65_HS1-834228961_62-HQ-83894_Serial_164
Agency: FBI
Page 15
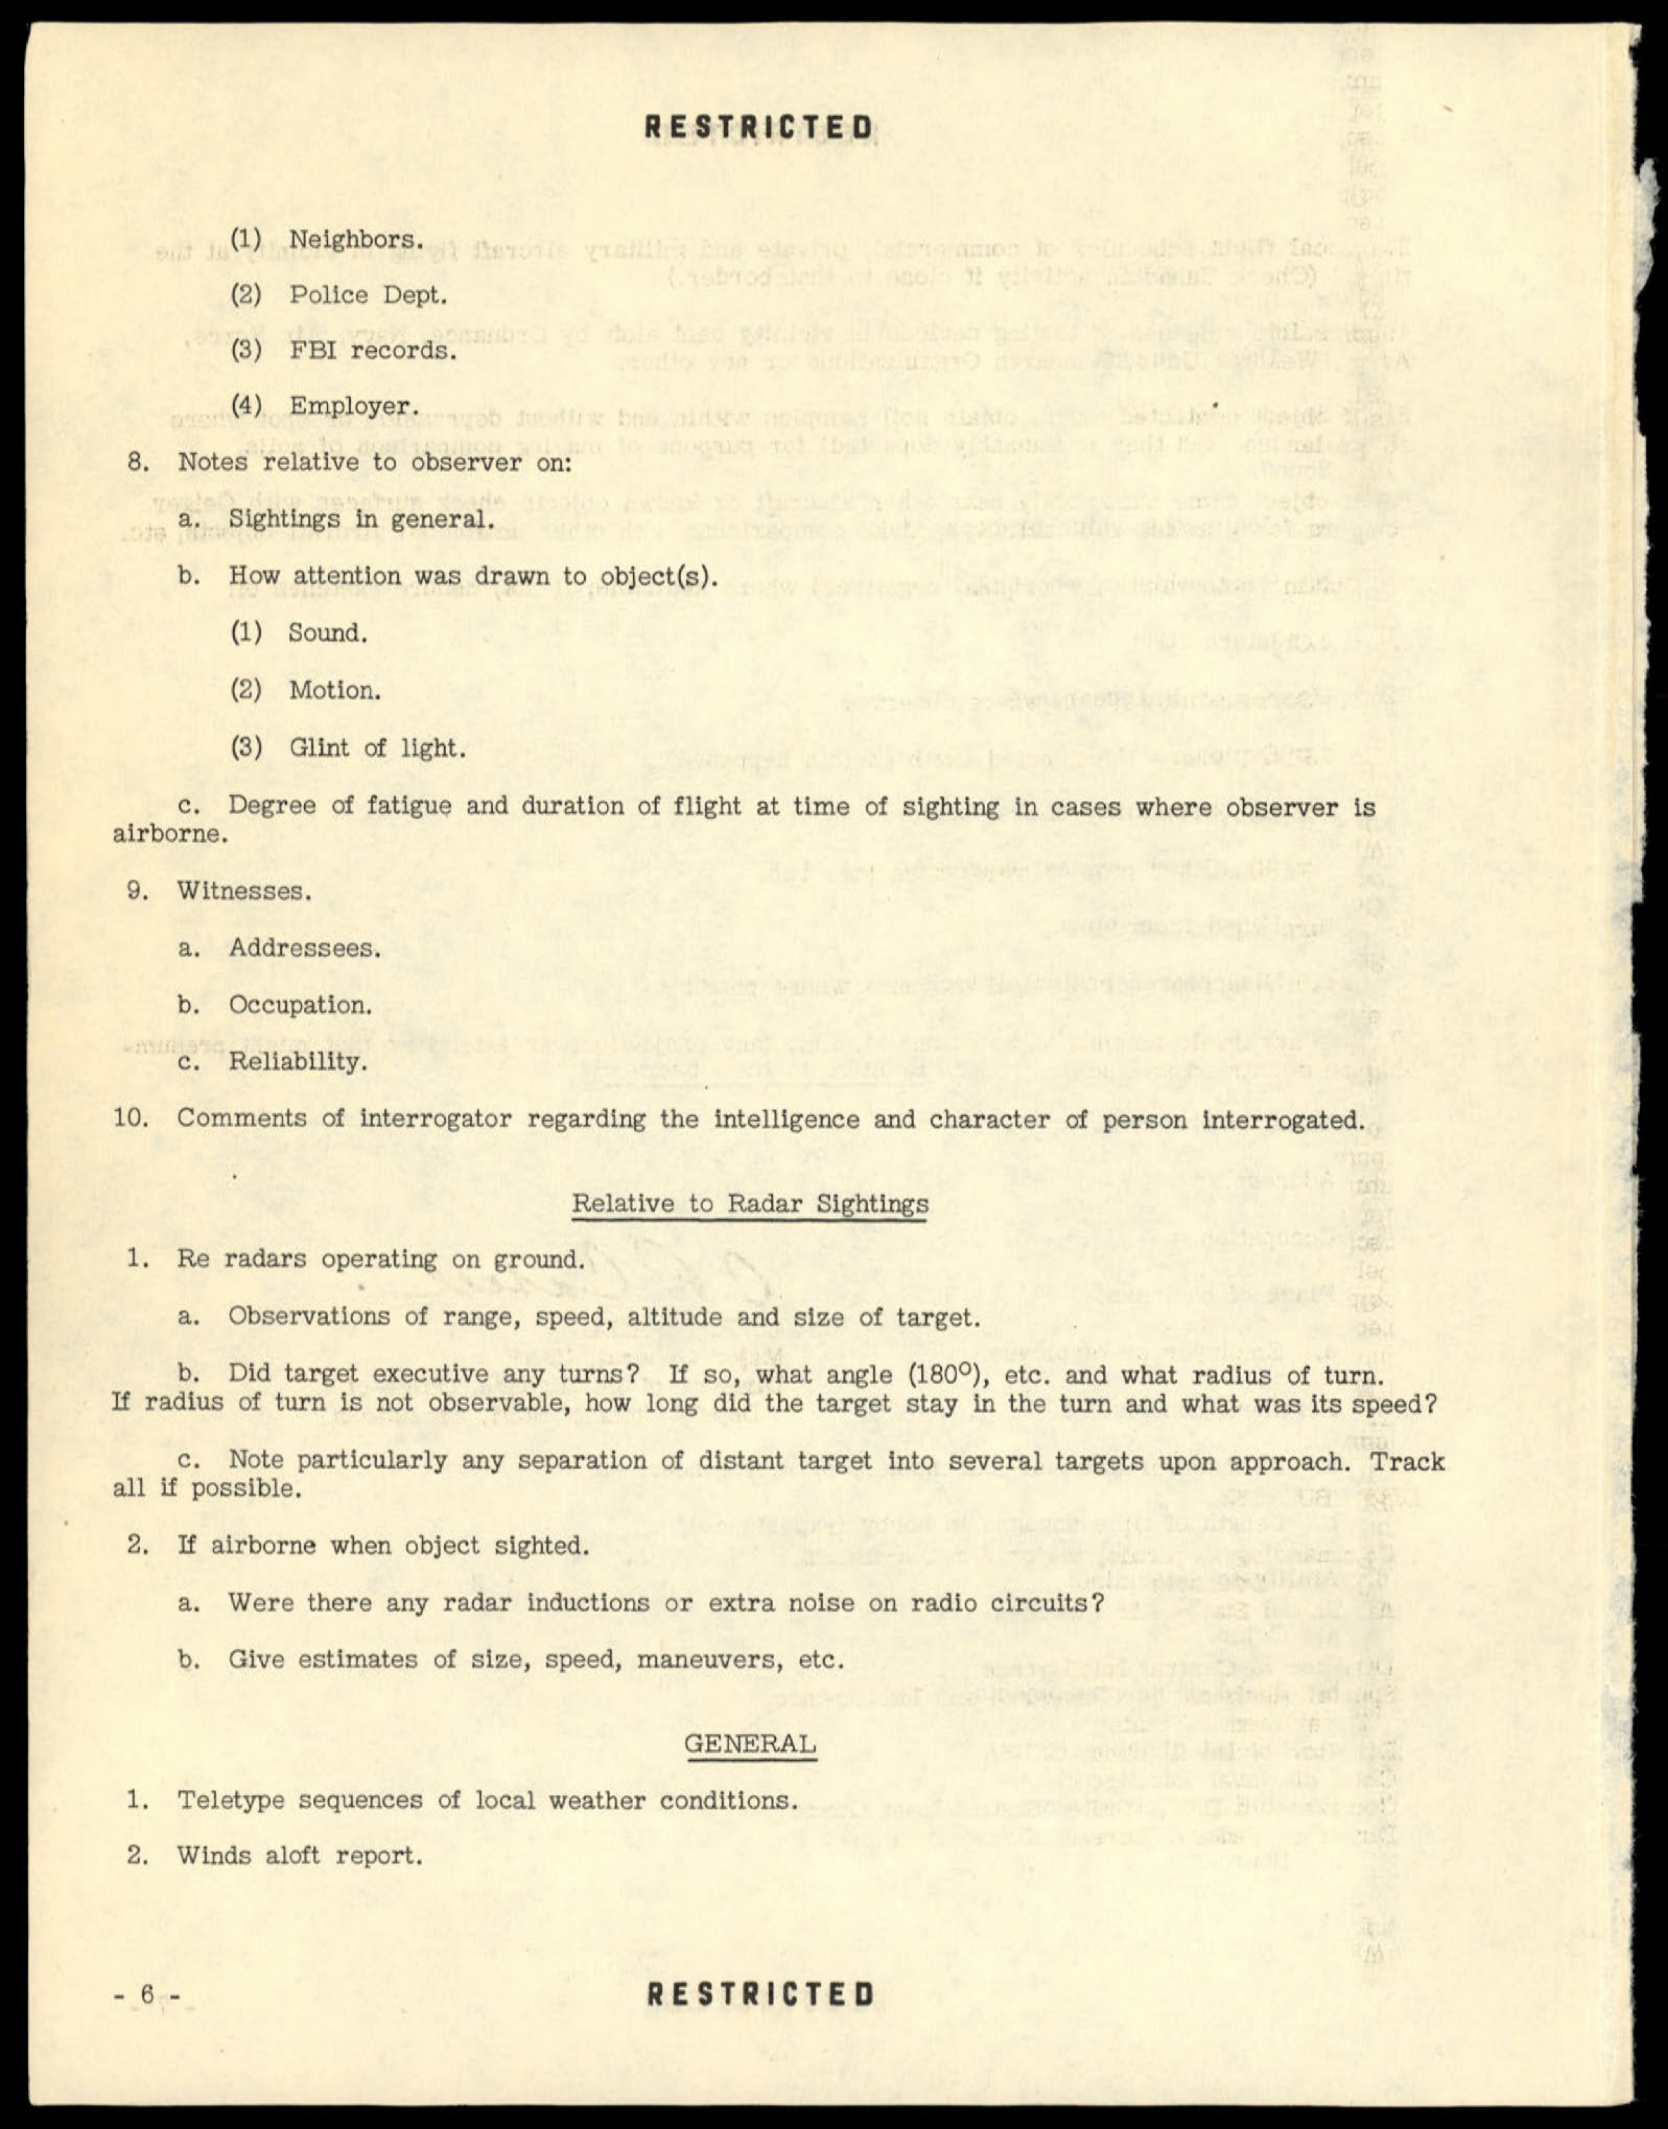